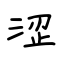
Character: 涩